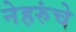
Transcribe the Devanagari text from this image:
नेहरुंचे